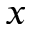
x